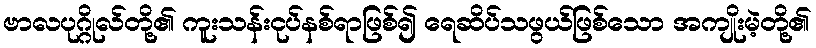
ဗာလပုဂ္ဂိုလ်တို့၏ ကူးသန်းငုပ်နစ်ရာဖြစ်၍ ရေဆိပ်သဖွယ်ဖြစ်သော အကျိုးမဲ့တို့၏